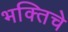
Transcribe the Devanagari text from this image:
भक्तिचे